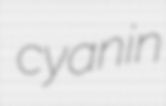
cyanin